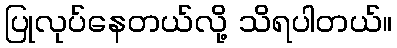
ပြုလုပ်နေတယ်လို့ သိရပါတယ်။